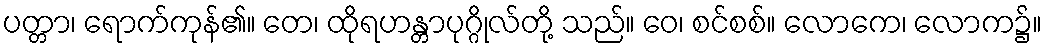
ပတ္တာ၊ ရောက်ကုန်၏။ တေ၊ ထိုရဟန္တာပုဂ္ဂိုလ်တို့ သည်။ ဝေ၊ စင်စစ်။ လောကေ၊ လောက၌။